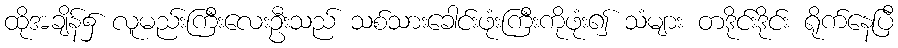
ထိုအချိန်၌ လူမည်းကြီးလေးဦးသည် သစ်သားခေါင်းဖုံးကြီးကိုဖုံး၍ သံများ တဒိုင်းဒိုင်း ရိုက်နေပြီ